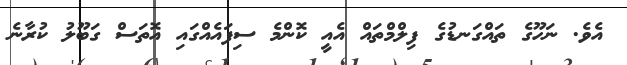
އެވެ. ނަހޫގެ ތައްގަނޑުގެ ފިލްމްތައް އެއީ ކޮންމެ ސިފައެއްގައި އޮތަސް ގަބޫލު ކުރާނެ